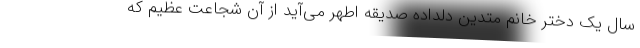
سال یک دختر خانم متدین دلداده صدیقه اطهر می‌آید از آن شجاعت عظیم که